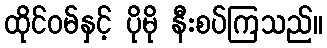
ထိုင်ဝမ်နှင့် ပိုမို နီးစပ်ကြသည်။